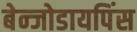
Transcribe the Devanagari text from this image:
बेन्जोडायपिंस